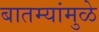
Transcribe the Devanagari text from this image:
बातम्यांमुळे